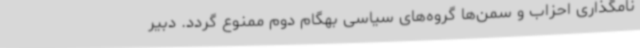
نامگذاری احزاب و سمن‌ها گروه‌های سیاسی بهگام دوم ممنوع گردد. دبیر